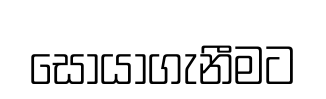
සොයාගැනීමට